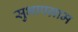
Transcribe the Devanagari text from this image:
सुभापग्राम